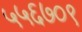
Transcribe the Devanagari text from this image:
५५६७०९